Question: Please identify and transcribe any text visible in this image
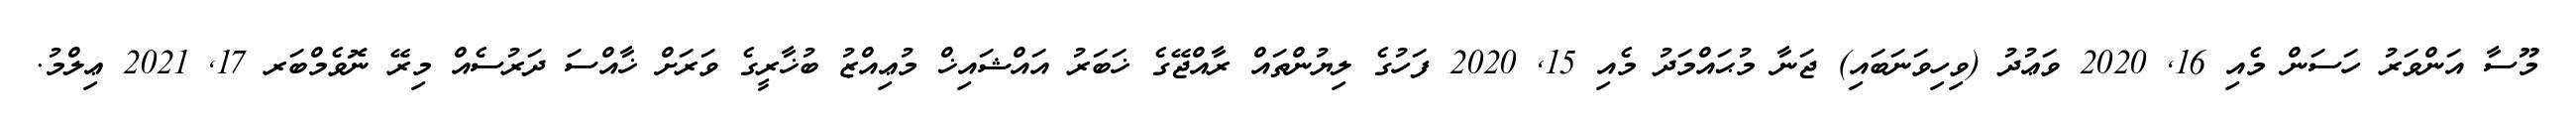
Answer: މޫސާ އަންވަރު ހަސަން މެއި 16, 2020 ވަޢުދު (ވިހިވަނަބައި) ޖަނާ މުޙައްމަދު މެއި 15, 2020 ފަހުގެ ލިޔުންތައް ރާއްޖޭގެ ޚަބަރު އައްޝައިޚް މުޢިއްޒު ބުޚާރީގެ ވަރަށް ޚާއްސަ ދަރުސެއް މިރޭ ނޮވެމްބަރ 17, 2021 ޢިލްމު.